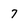
Character: 7